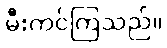
မီးကင်ကြသည်။